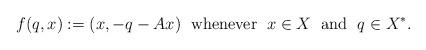
LaTeX: \begin{align*}f(q,x):=(x,-q-Ax)\;\mbox{ whenever }\;x\in X\;\mbox{ and }\;q\in X^*.\end{align*}